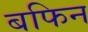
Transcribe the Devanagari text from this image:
बफिन